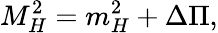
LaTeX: M_{H}^{2}=m_{H}^{2}+\Delta\Pi,